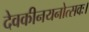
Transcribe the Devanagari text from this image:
देवकीनयनोत्सवः।